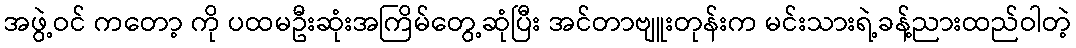
အဖွဲ့ဝင် ကတော့ ကို ပထမဦးဆုံးအကြိမ်တွေ့ဆုံပြီး အင်တာဗျူးတုန်းက မင်းသားရဲ့ခန့်ညားထည်ဝါတဲ့